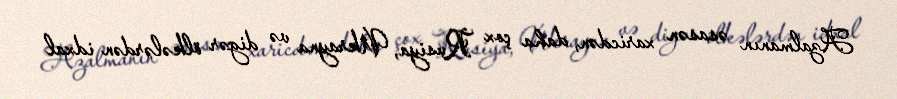
Azalmanın əsasən xaricdən, daha çox Rusiya, Ukrayna və digər ölkələrdən idxal